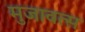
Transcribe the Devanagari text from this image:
मुजावत्स